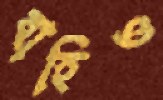
বাহিও